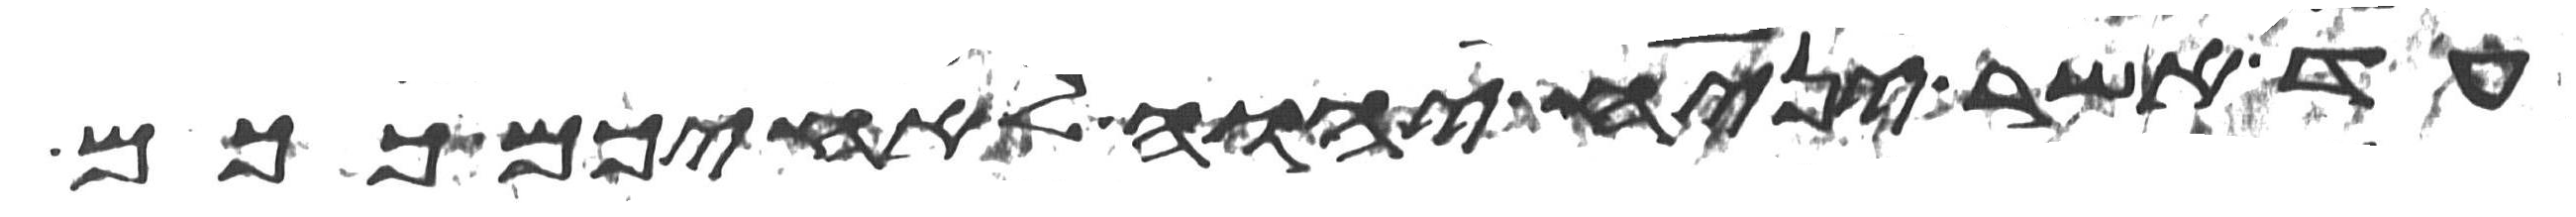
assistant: עד אשר יניח יהוה לאחיכם ככם